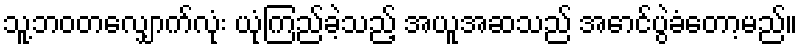
သူ့ဘဝတလျှောက်လုံး ယုံကြည်ခဲ့သည့် အယူအဆသည် အောင်ပွဲခံတော့မည်။